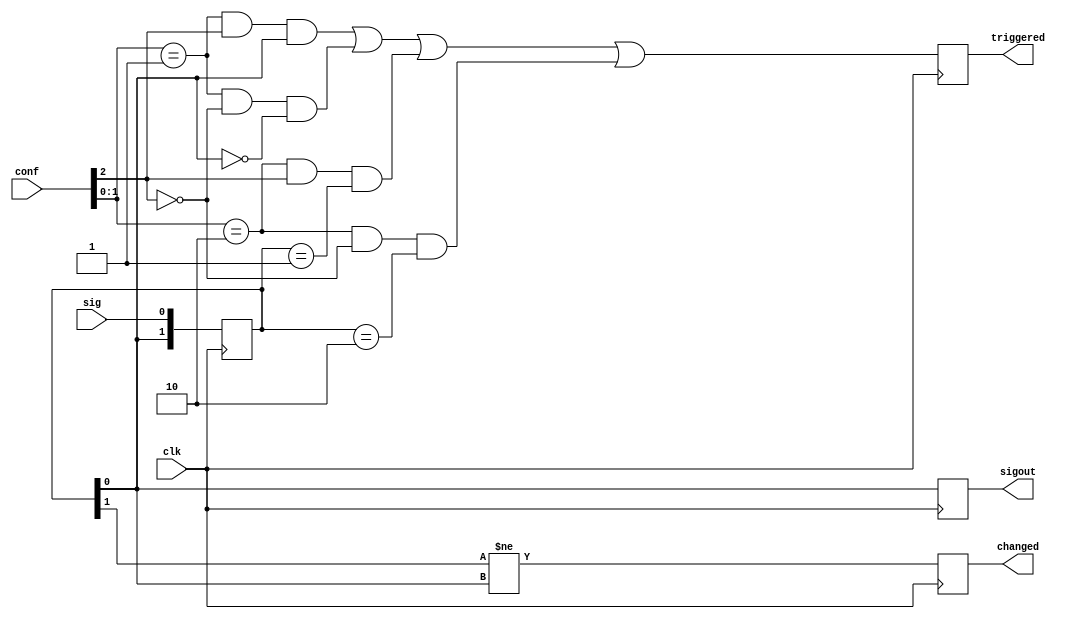
module scope_trigger(
  input clk,

  input [(NSIG-1):0] sig,
  output             triggered, // trigger condition meet
  output             changed,   // some input changed

  output [(NSIG-1):0] sigout,

  input [(3*NSIG-1):0] conf
);

parameter NSIG = 1;

localparam M_NONE=0,
           M_LVL=1,
           M_EDGE=2;

wire [(NSIG-1):0] trig;
wire [(NSIG-1):0] diff;
wire [(NSIG-1):0] sigout_w;

genvar i;
generate
    for(i=0; i<NSIG; i=i+1) begin
        reg [1:0] sig_s;
        always @(posedge clk)
            sig_s <= {sig_s[0], sig[i]};

        assign sigout_w[i] = sig_s[0];
        assign diff[i] = sig_s[1]!=sig_s[0];

        wire [1:0] mode = conf[(3*i) +: 2]; // [1:0]
        wire val        = conf[ 3*i  + 2];  // [2]

        wire s_high = sig_s[0]==1;
        wire s_low  = sig_s[0]==0;
        wire s_rise = sig_s==4'b01;
        wire s_fall = sig_s==4'b10;

        assign trig[i] = (mode==M_LVL  & val==1 & s_high)
                       | (mode==M_LVL  & val==0 & s_low)
                       | (mode==M_EDGE & val==1 & s_rise)
                       | (mode==M_EDGE & val==0 & s_fall)
                       ;
    end
endgenerate

reg triggered;
reg changed;
reg [(NSIG-1):0] sigout;

always @(posedge clk)
  begin
    triggered <= (| trig);
    changed   <= (| diff);
    sigout    <= sigout_w;
  end

endmodule